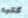
كتبه